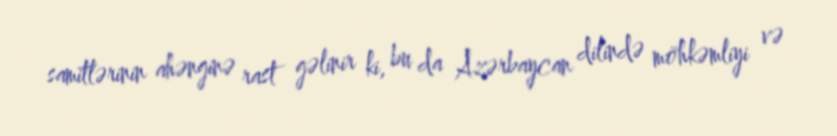
samitlərinin ahənginə rast gəlinir ki, bu da Azərbaycan dilində möhkəmliyi və